Civil Veterinary Department. Central Provinces & Berar 1932-41 - 1932-1941
Year: 1932
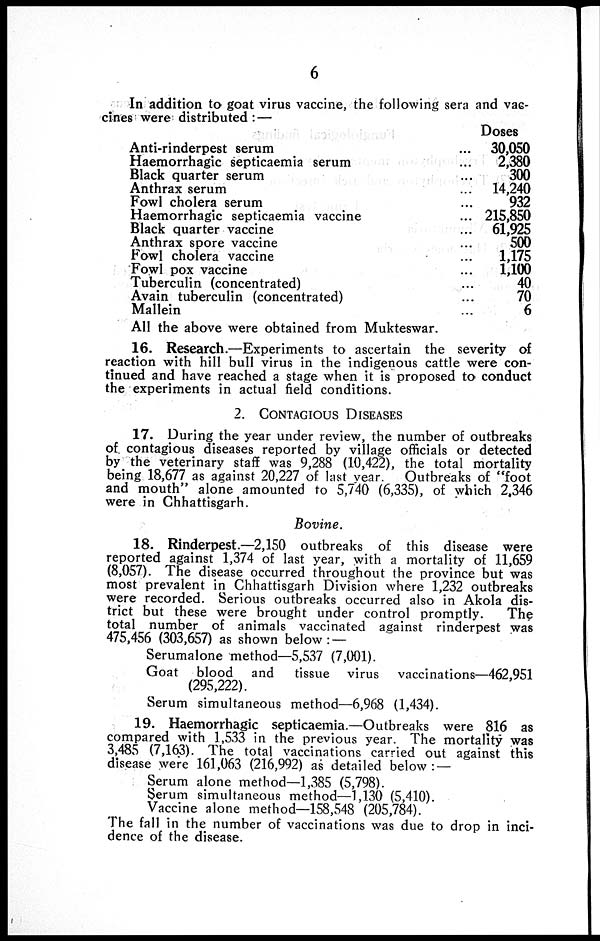
6
In addition to goat virus vaccine, the following sera and vac-
cines were distributed:—
Anti-rinderpest serum ...
Haemorrhagic septicaemia serum ...
Black quarter serum ...
Anthrax serum ...
Fowl cholera serum ...
Haemorrhagic septicaemia vaccine ...
Black quarter vaccine ...
Anthrax spore vaccine ...
Fowl cholera vaccine ...
Fowl pox vaccine ...
Tuberculin (concentrated) ...
Avain tuberculin (concentrated) ...
Mallein ...
All the above were obtained from Mukteswar.
Doses
30,050
2,380
300
14,240
932
215,850
61,925
500
1,175
1,100
40
70
6
16. Research.—Experiments to ascertain the severity of
reaction with hill bull virus in the indigenous cattle were con-
tinued and have reached a stage when it is proposed to conduct
the experiments in actual field conditions.
2. CONTAGIOUS DISEASES
17. During the year under review, the number of outbreaks
of contagious diseases reported by village officials or detected
by the veterinary staff was 9,288 (10,422), the total mortality
being 18,677 as against 20,227 of last year. Outbreaks of "foot
and mouth" alone amounted to 5,740 (6,335), of which 2,346
were in Chhattisgarh.
Bovine.
18. Rinderpest.—2,150 outbreaks of this disease were
reported against 1,374 of last year, with a mortality of 11,659
(8,057). The disease occurred throughout the province but was
most prevalent in Chhattisgarh Division where 1,232 outbreaks
were recorded. Serious outbreaks occurred also in Akola dis-
trict but these were brought under control promptly.
The
total number of animals vaccinated against rinderpest was
475,456 (303,657) as shown below:—
Serumalone method—5,537 (7,001).
Goat blood and tissue virus vaccinations—462,951
(295,222).
Serum simultaneous method—6,968 (1,434).
19. Haemorrhagic septicaemia.—Outbreaks were 816 as
compared with 1,533 in the previous year. The mortality was
3,485 (7,163). The total vaccinations carried out against this
disease were 161,063 (216,992) as detailed below:—
Serum alone method—1,385 (5,798).
Serum simultaneous method—1,130 (5,410).
Vaccine alone method—158,548 (205,784).
The fall in the number of vaccinations was due to drop in inci-
dence of the disease.